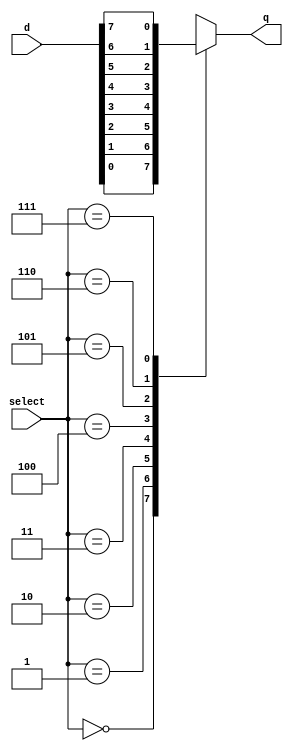
`timescale 1ns / 1ps
//////////////////////////////////////////////////////////////////////////////////
// Company: 
// Engineer: 
// 
// Design Name: 
// Module Name: Mux8
// Project Name: 
// Target Devices: 
// Tool Versions: 
// Description: 
// 
// Dependencies: 
// 
// Revision:
// Revision 0.01 - File Created
// Additional Comments:
// 
//////////////////////////////////////////////////////////////////////////////////



module mux8( select, d, q );

input[2:0] select;
input[7:0] d;
output     q;

reg       q;
wire[2:0] select;
wire[7:0] d;

always @( select or d )
begin
   case( select )
       0 : q = d[0];
       1 : q = d[1];
       2 : q = d[2];
       3 : q = d[3];
       4 : q=  d[4];
       5 : q = d[5];
       6 : q = d[6];
       7 : q = d[7];
       endcase
end
endmodule